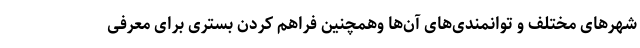
شهرهای مختلف و توانمندی‌های آن‌ها وهمچنین فراهم کردن بستری برای معرفی